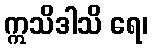
ဣသိဒါသိ ရေ၊